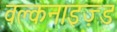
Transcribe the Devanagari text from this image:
वल्कनाइज़्ड